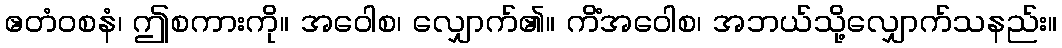
ဧတံဝစနံ၊ ဤစကားကို။ အဝေါစ၊ လျှောက်၏။ ကိံအဝေါစ၊ အဘယ်သို့လျှောက်သနည်း။